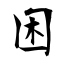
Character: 困